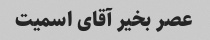
عصر بخیر آقای اسمیت